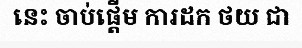
នេះ ចាប់ផ្តើម ការដក ថយ ជា